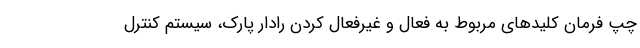
چپ فرمان کلیدهای مربوط به فعال و غیرفعال کردن رادار پارک، سیستم کنترل